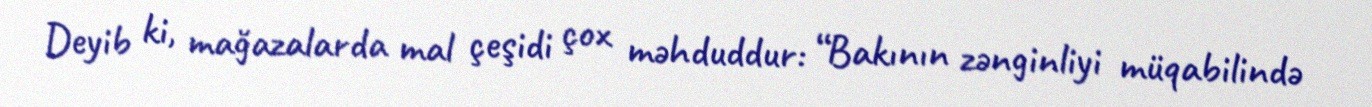
Deyib ki, mağazalarda mal çeşidi çox məhduddur: “Bakının zənginliyi müqabilində